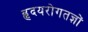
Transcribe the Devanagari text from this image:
हृदयरोगतज्ञों